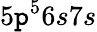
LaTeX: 5\mathtt{p}^{5}6s7s